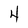
Character: 4